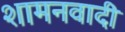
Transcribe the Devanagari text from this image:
शामनवादी